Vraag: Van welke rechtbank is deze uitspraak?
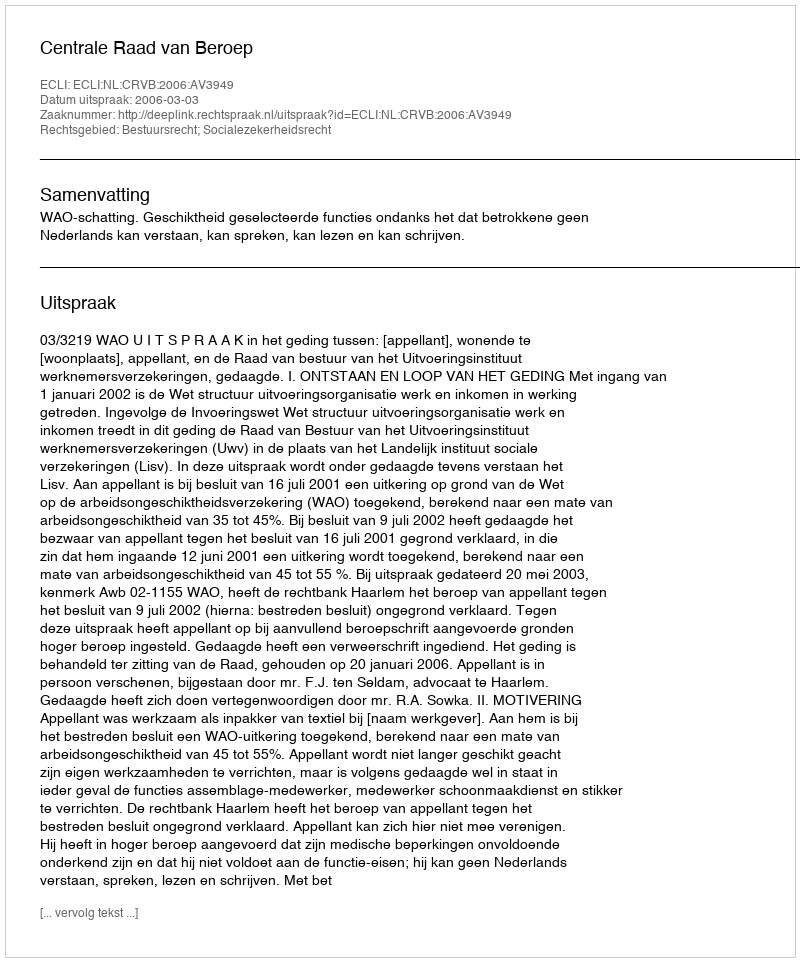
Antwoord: Centrale Raad van Beroep